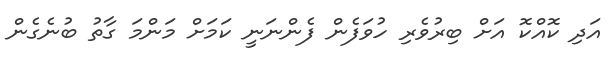
އަދި ކޮއްކޮ އަށް ބިރުވެރި ހުވަފެން ފެންނަނީ ކަމަށް މަންމަ ގާތު ބުނެގެން